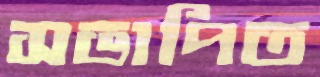
সভাপিত